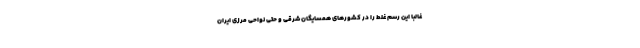
غالباً این رسم غلط را در کشورهای همسایگان شرقی و حتی نواحی مرزی ایران